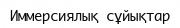
Иммерсиялық сұйықтар